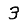
Digit: 3